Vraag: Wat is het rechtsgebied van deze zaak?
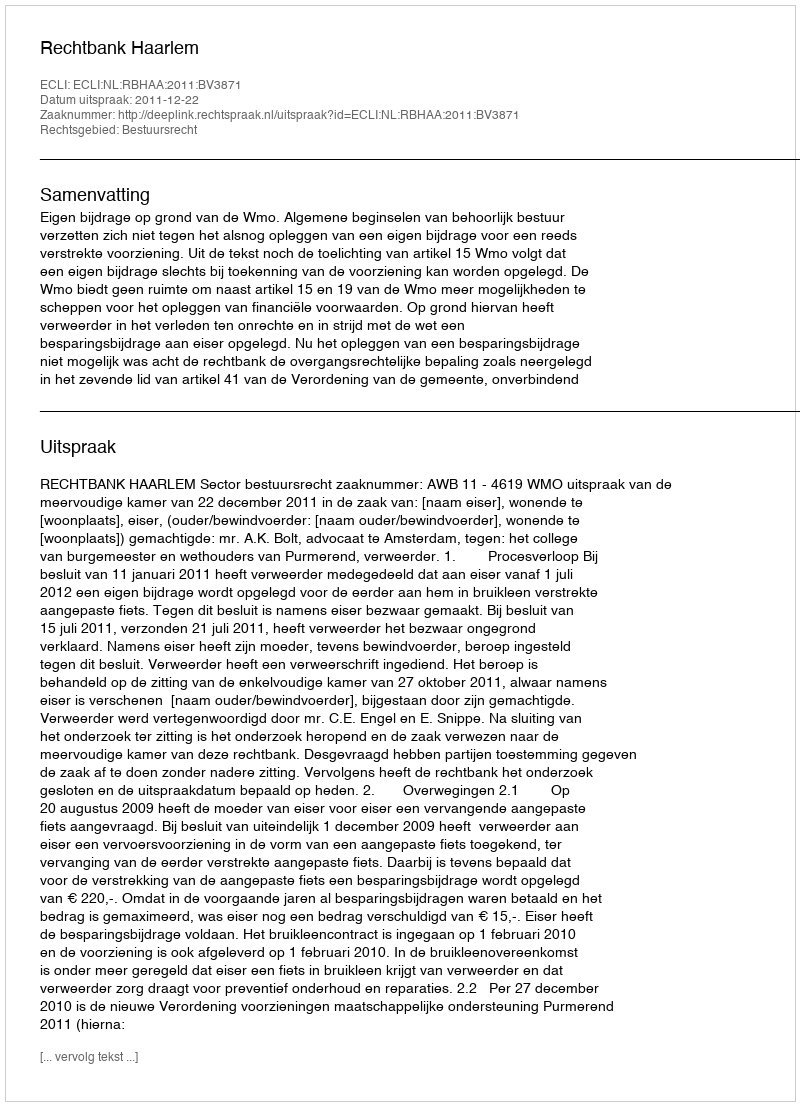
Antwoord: Bestuursrecht